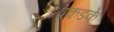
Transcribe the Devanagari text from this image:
पकडके